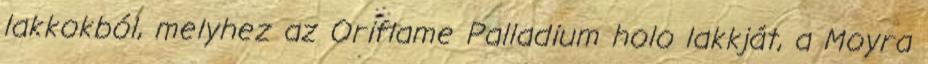
lakkokból, melyhez az Oriflame Palladium holo lakkját, a Moyra